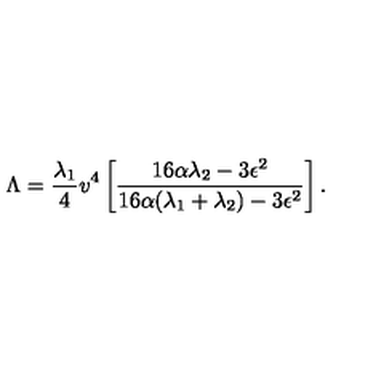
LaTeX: \Lambda = { \frac { \lambda _ { 1 } } { 4 } } v ^ { 4 } \left[ { \frac { 1 6 \alpha \lambda _ { 2 } - 3 \epsilon ^ { 2 } } { 1 6 \alpha ( \lambda _ { 1 } + \lambda _ { 2 } ) - 3 \epsilon ^ { 2 } } } \right] .